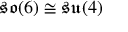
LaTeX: { \mathfrak { s o } } ( 6 ) \cong { \mathfrak { s u } } ( 4 )